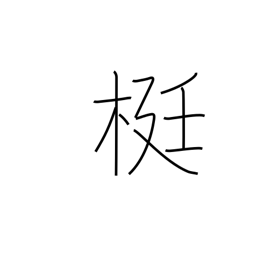
Meaning: lever